Problem: 4 × 6 = ?
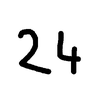
Handwritten answer: 24